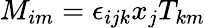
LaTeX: M_{im}=\epsilon_{ijk}x_{j}T_{km}